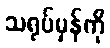
သရုပ်မှန်ကို